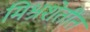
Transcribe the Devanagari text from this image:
मिश्रशेतींत